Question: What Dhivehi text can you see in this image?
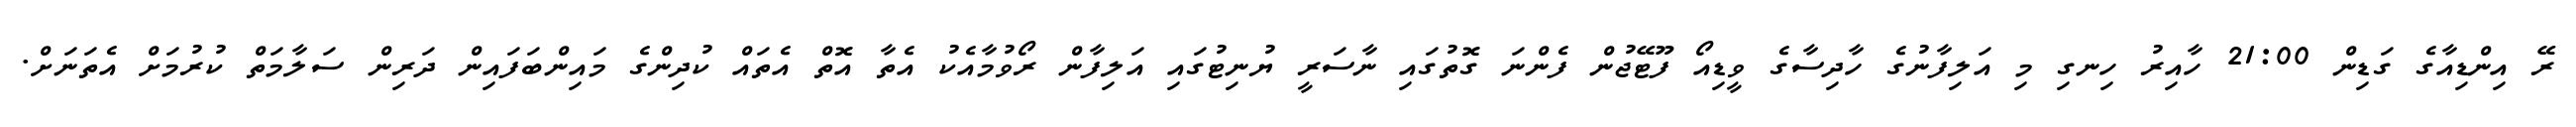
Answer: ރޭ އިންޑިއާގެ ގަޑިން 21:00 ހާއިރު ހިނގި މި އަލިފާނުގެ ހާދިސާގެ ވީޑިއޯ ފޫޓޭޖުން ފެންނަ ގޮތުގައި ނާސަރީ ޔުނިޓުގައި އަލިފާން ރޯވުމާއެކު އެތާ އޮތް އެތައް ކުދިންގެ މައިންބަފައިން ދަރިން ސަލާމަތް ކުރުމަށް އެތަނަށް.